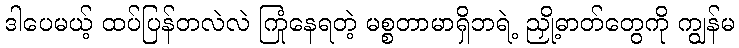
ဒါပေမယ့် ထပ်ပြန်တလဲလဲ ကြုံနေရတဲ့ မစ္စတာမာရှိဘရဲ့ ညှို့ဓာတ်တွေကို ကျွန်မ